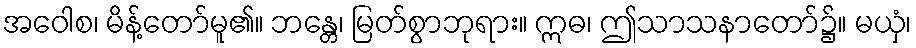
အဝေါစ၊ မိန့်တော်မူ၏။ ဘန္တေ၊ မြတ်စွာဘုရား။ ဣဓ၊ ဤသာသနာတော်၌။ မယှံ၊